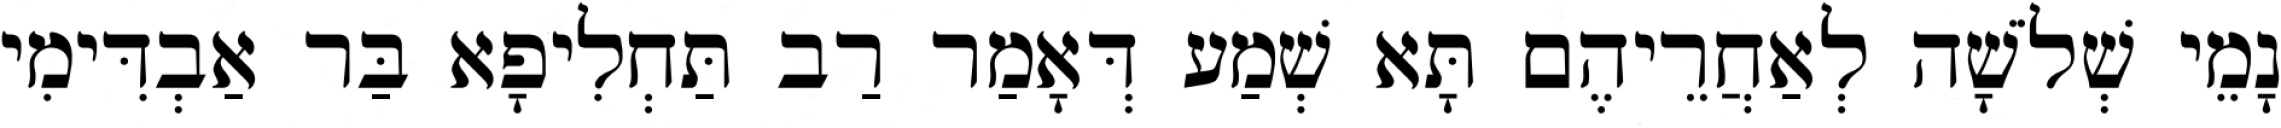
נָמֵי שְׁלֹשָׁה לְאַחֲרֵיהֶם תָּא שְׁמַע דְּאָמַר רַב תַּחְלִיפָא בַּר אַבְדִּימִי